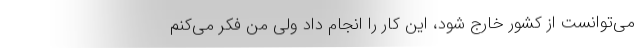
می‌توانست از کشور خارج شود، این کار را انجام داد ولی من فکر می‌کنم